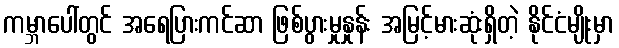
ကမ္ဘာပေါ်တွင် အရေပြားကင်ဆာ ဖြစ်ပွားမှုနှုန်း အမြင့်မားဆုံးရှိတဲ့ နိုင်ငံမျိုးမှာ